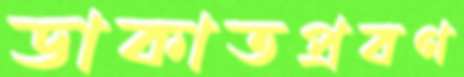
ডাকাতপ্রবণ